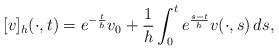
LaTeX: \begin{align*} [v]_h(\cdot,t)=e^{-\frac{t}{h}}v_0 + \frac{1}{h}\int_0^t e^{\frac{s-t}{h}}v(\cdot,s)\,ds,\end{align*}